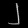
Digit: ၂